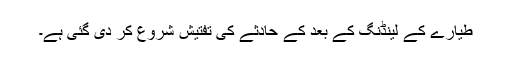
طیارے کے لینڈنگ کے بعد کے حادثے کی تفتیش شروع کر دی گئی ہے۔